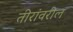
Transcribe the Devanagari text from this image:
तीरांवरील